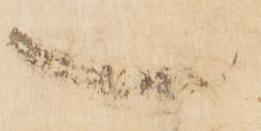
一